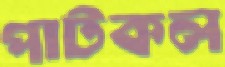
পাটকল